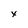
Character: x